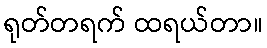
ရုတ်တရက် ထရယ်တာ။